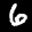
Label: 6